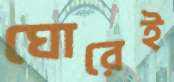
ঘোরেই